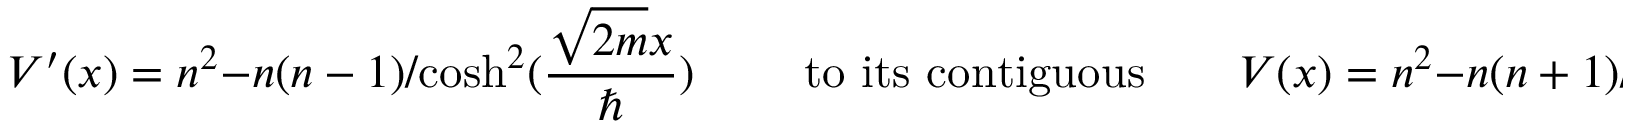
V ^ { \prime } ( x ) = n ^ { 2 } - { n ( n - 1 ) } / { \cosh ^ { 2 } ( { \frac { \sqrt { 2 m } x } { \hbar } } ) } \qquad \mathrm { ~ t o ~ i t s ~ c o n t i g u o u s } \qquad V ( x ) = n ^ { 2 } - { n ( n + 1 ) } / { \cosh ^ { 2 } ( { \frac { \sqrt { 2 m } x } { \hbar } } ) } ,